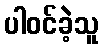
ပါဝင်ခဲ့သူ